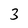
Character: 3